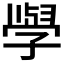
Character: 𭓕